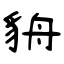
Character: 貈